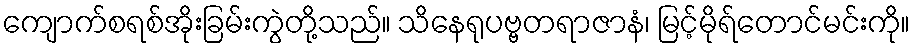
ကျောက်စရစ်အိုးခြမ်းကွဲတို့သည်။ သိနေရုပဗ္ဗတရာဇာနံ၊ မြင့်မိုရ်တောင်မင်းကို။